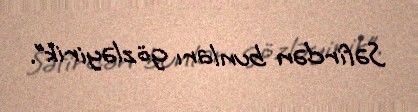
Səfirdən bunları gözləyirik”.